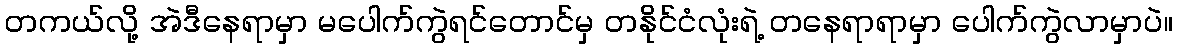
တကယ်လို့ အဲဒီနေရာမှာ မပေါက်ကွဲရင်တောင်မှ တနိုင်ငံလုံးရဲ့ တနေရာရာမှာ ပေါက်ကွဲလာမှာပဲ။